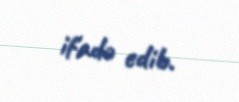
ifadə edib.